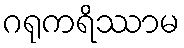
ဂရုကရိဿာမ